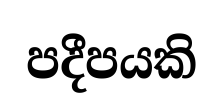
පදීපයකි